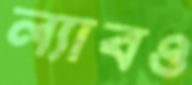
ল্যাবও